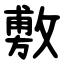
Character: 敷